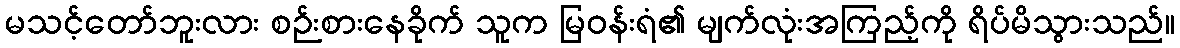
မသင့်တော်ဘူးလား စဉ်းစားနေခိုက် သူက မြဝန်းရံ၏ မျက်လုံးအကြည့်ကို ရိပ်မိသွားသည်။